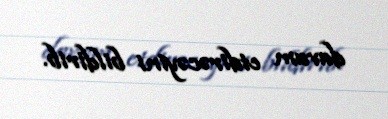
davam etdirəcəyini bildirib.